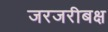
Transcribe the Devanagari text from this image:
जरजरीबक्ष